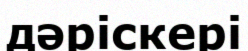
дәріскері